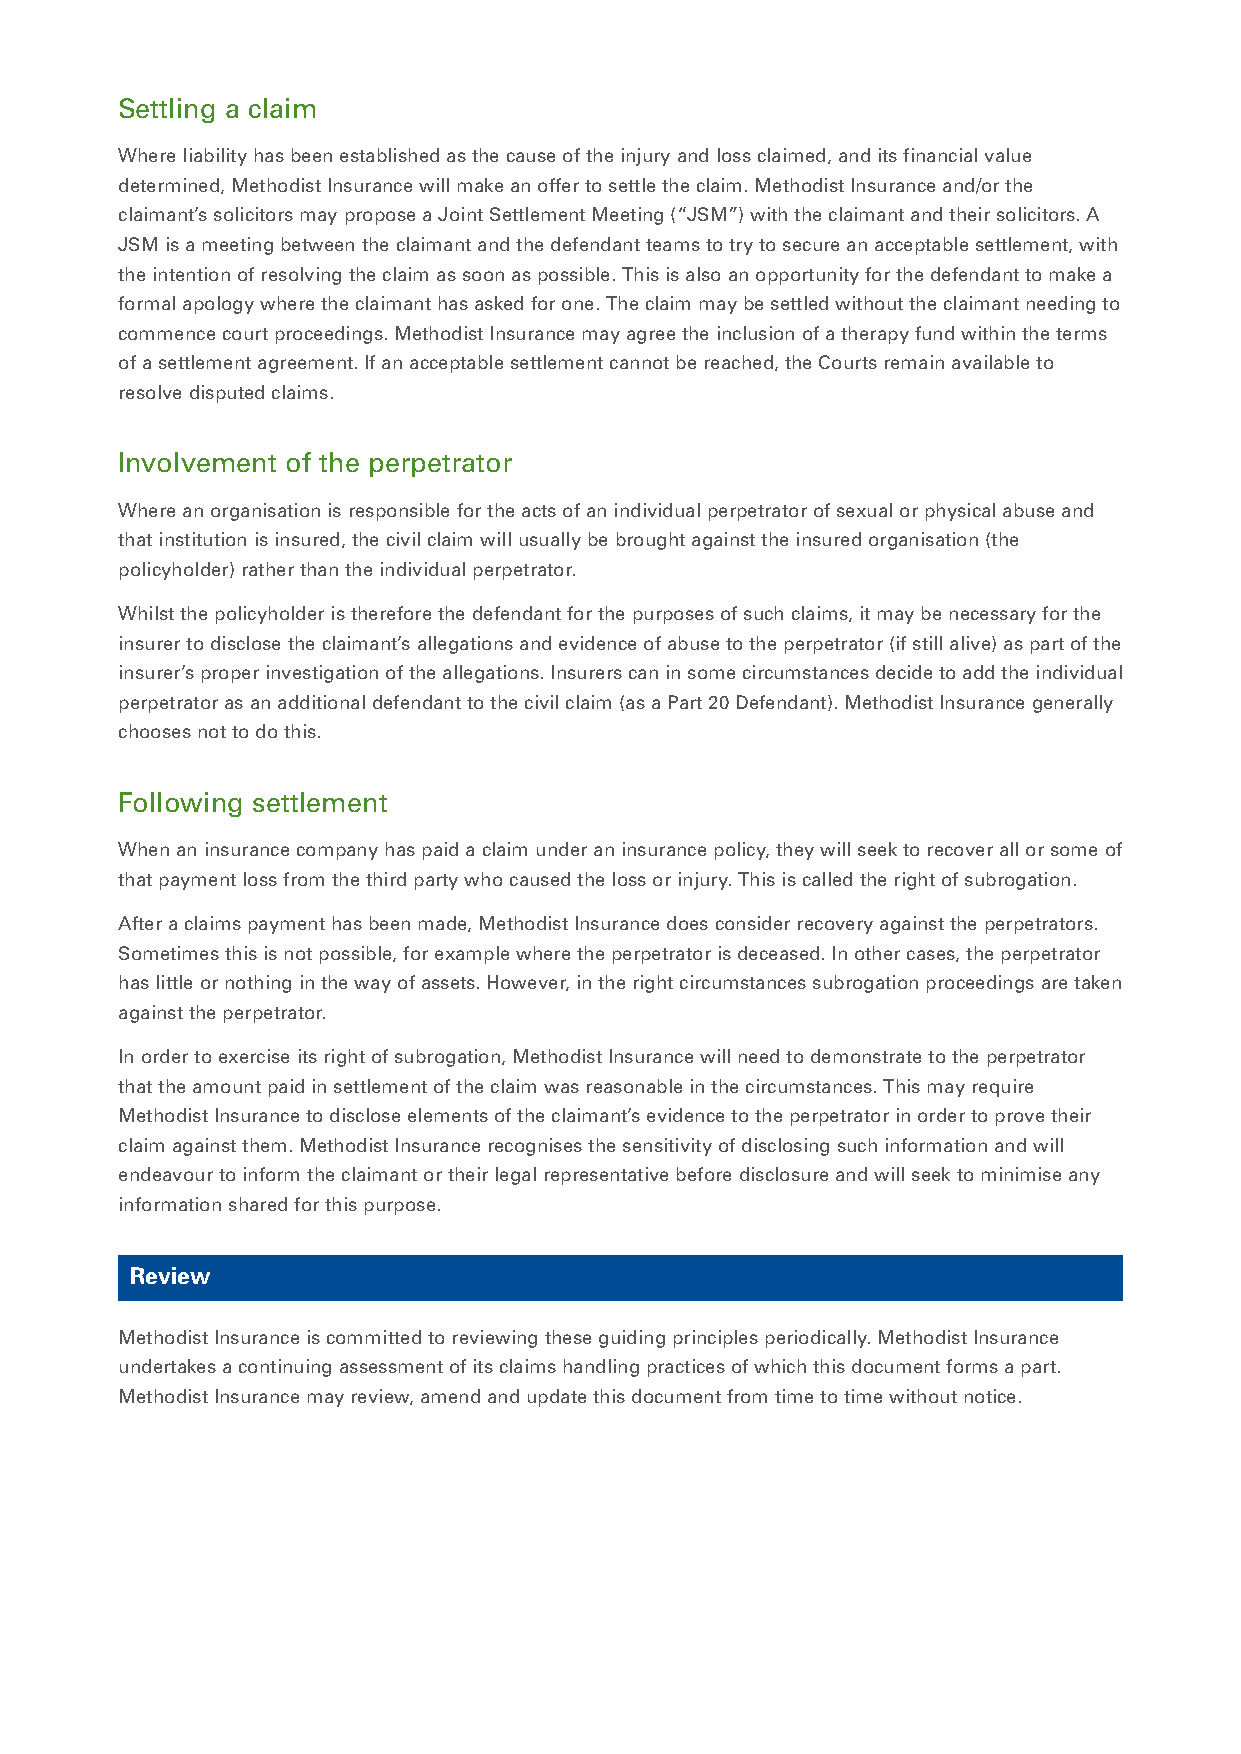
Settling a claim
 Where liability has been established as the cause of the injury and loss claimed, and its financial value
 determined, Methodist Insurance will make an offer to settle the claim. Methodist Insurance and/or the
 claimant’s solicitors may propose a Joint Settlement Meeting (“JSM”) with the claimant and their solicitors. A
 JSM is a meeting between the claimant and the defendant teams to try to secure an acceptable settlement, with
 the intention of resolving the claim as soon as possible. This is also an opportunity for the defendant to make a
 formal apology where the claimant has asked for one. The claim may be settled without the claimant needing to
 commence court proceedings. Methodist Insurance may agree the inclusion of a therapy fund within the terms
 of a settlement agreement. If an acceptable settlement cannot be reached, the Courts remain available to
 resolve disputed claims.
 Involvement of the perpetrator
 Where an organisation is responsible for the acts of an individual perpetrator of sexual or physical abuse and
 that institution is insured, the civil claim will usually be brought against the insured organisation (the
 policyholder) rather than the individual perpetrator.
 Whilst the policyholder is therefore the defendant for the purposes of such claims, it may be necessary for the
 insurer to disclose the claimant’s allegations and evidence of abuse to the perpetrator (if still alive) as part of the
 insurer’s proper investigation of the allegations. Insurers can in some circumstances decide to add the individual
 perpetrator as an additional defendant to the civil claim (as a Part 20 Defendant). Methodist Insurance generally
 chooses not to do this.
 Following settlement
 When an insurance company has paid a claim under an insurance policy, they will seek to recover all or some of
 that payment loss from the third party who caused the loss or injury. This is called the right of subrogation.
 After a claims payment has been made, Methodist Insurance does consider recovery against the perpetrators.
 Sometimes this is not possible, for example where the perpetrator is deceased. In other cases, the perpetrator
 has little or nothing in the way of assets. However, in the right circumstances subrogation proceedings are taken
 against the perpetrator.
 In order to exercise its right of subrogation, Methodist Insurance will need to demonstrate to the perpetrator
 that the amount paid in settlement of the claim was reasonable in the circumstances. This may require
 Methodist Insurance to disclose elements of the claimant’s evidence to the perpetrator in order to prove their
 claim against them. Methodist Insurance recognises the sensitivity of disclosing such information and will
 endeavour to inform the claimant or their legal representative before disclosure and will seek to minimise any
 information shared for this purpose.
 Review
 Methodist Insurance is committed to reviewing these guiding principles periodically. Methodist Insurance
 undertakes a continuing assessment of its claims handling practices of which this document forms a part.
 Methodist Insurance may review, amend and update this document from time to time without notice.